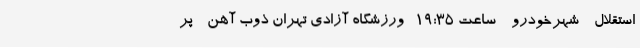
استقلال - شهرخودرو - ساعت 19:35- ورزشگاه آزادی تهران ذوب آهن - پر